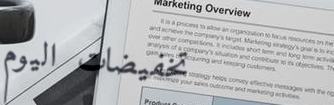
تخفيضات اليوم